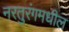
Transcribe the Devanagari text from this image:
नरतुरंगमधील